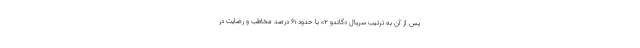
پس‌ از آن به ترتیب سریال «گاندو ۲» با حدود ۶۱ درصد مخاطب و رضایت در